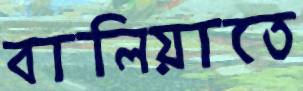
বালিয়াতে